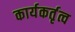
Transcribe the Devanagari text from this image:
कार्यकर्तृत्व